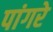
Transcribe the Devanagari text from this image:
पांगरे